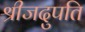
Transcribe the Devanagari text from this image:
श्रीजदुपति